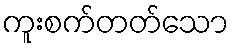
ကူးစက်တတ်သော